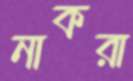
নাকরা